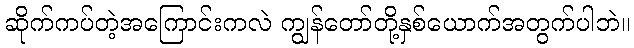
ဆိုက်ကပ်တဲ့အကြောင်းကလဲ ကျွန်တော်တို့နှစ်ယောက်အတွက်ပါဘဲ။